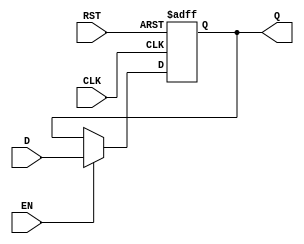
module data_register
#(
    parameter DATA_WIDTH = 8  // Parameter to define the width of the register
)
(
    input  wire [DATA_WIDTH-1:0] D,       // Data Input
    input  wire CLK,                       // Clock
    input  wire RST,                       // Asynchronous Reset
    input  wire EN,                        // Enable Signal (optional)
    output reg  [DATA_WIDTH-1:0] Q        // Data Output
);

// Sequential logic for the data register
always @(posedge CLK or posedge RST) begin
    if (RST) begin
        // Asynchronous Reset: Clear data output Q
        Q <= {DATA_WIDTH{1'b0}}; // Set Q to zero
    end else if (EN) begin
        // Capture data on the rising edge of the clock if enabled
        Q <= D; 
    end
end

endmodule